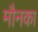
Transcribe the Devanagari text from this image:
मौनका